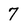
Character: 7